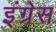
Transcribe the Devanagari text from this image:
इंग्रेस